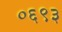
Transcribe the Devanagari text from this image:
०६९३